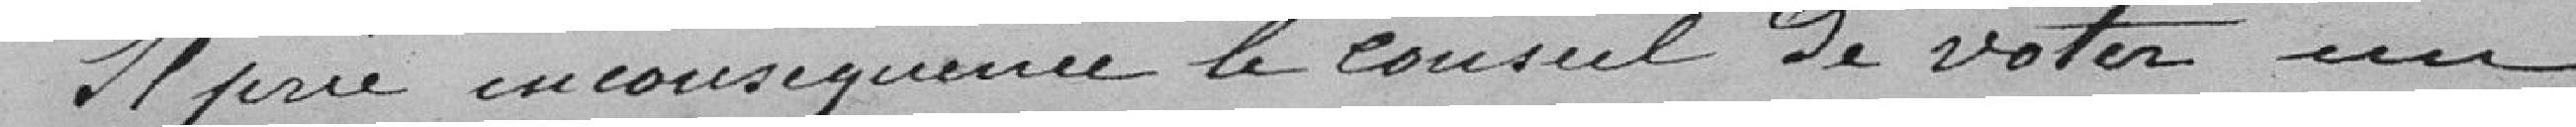
Il prie en conséquence le conseil de voter un